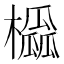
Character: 𪴒